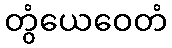
တွံယေဝေတံ